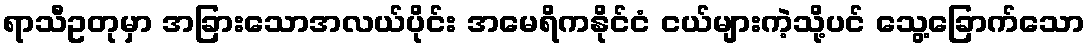
ရာသီဥတုမှာ အခြားသောအလယ်ပိုင်း အမေရိကနိုင်ငံ ငယ်များကဲ့သို့ပင် သွေ့ခြောက်သော